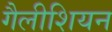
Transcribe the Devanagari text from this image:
गैलीशियन